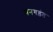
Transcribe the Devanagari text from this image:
मनगड़ंत